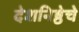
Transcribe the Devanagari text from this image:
देशनिष्ठेचे